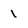
Character: 1